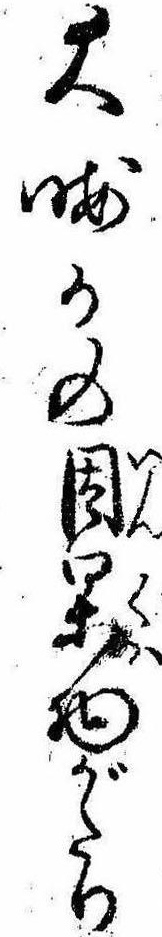
大晦日の因果物がたり